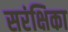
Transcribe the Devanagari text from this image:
सरंक्षिका